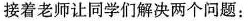
着老师让同学们解决两个问题：